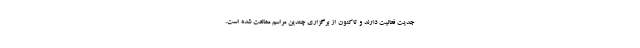
جدیت فعالیت دارند و تاکنون از برگزاری چندین مراسم ممانعت شده است.